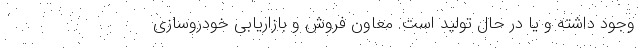
وجود داشته و یا در حال تولید است. معاون فروش و بازاریابی خودروسازی